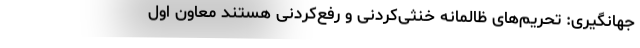
جهانگیری: تحریم‌های ظالمانه خنثی‌کردنی و رفع‌کردنی هستند معاون اول